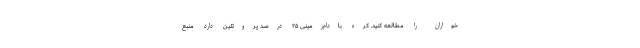
خواران را مطالعه کنید. کره بادام‌زمینی ۲۵ درصد پروتئین دارد منبع